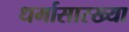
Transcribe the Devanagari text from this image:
धर्मासारख्या